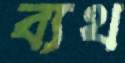
ব্যথ